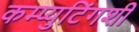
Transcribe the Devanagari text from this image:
कम्प्युटिंगशी